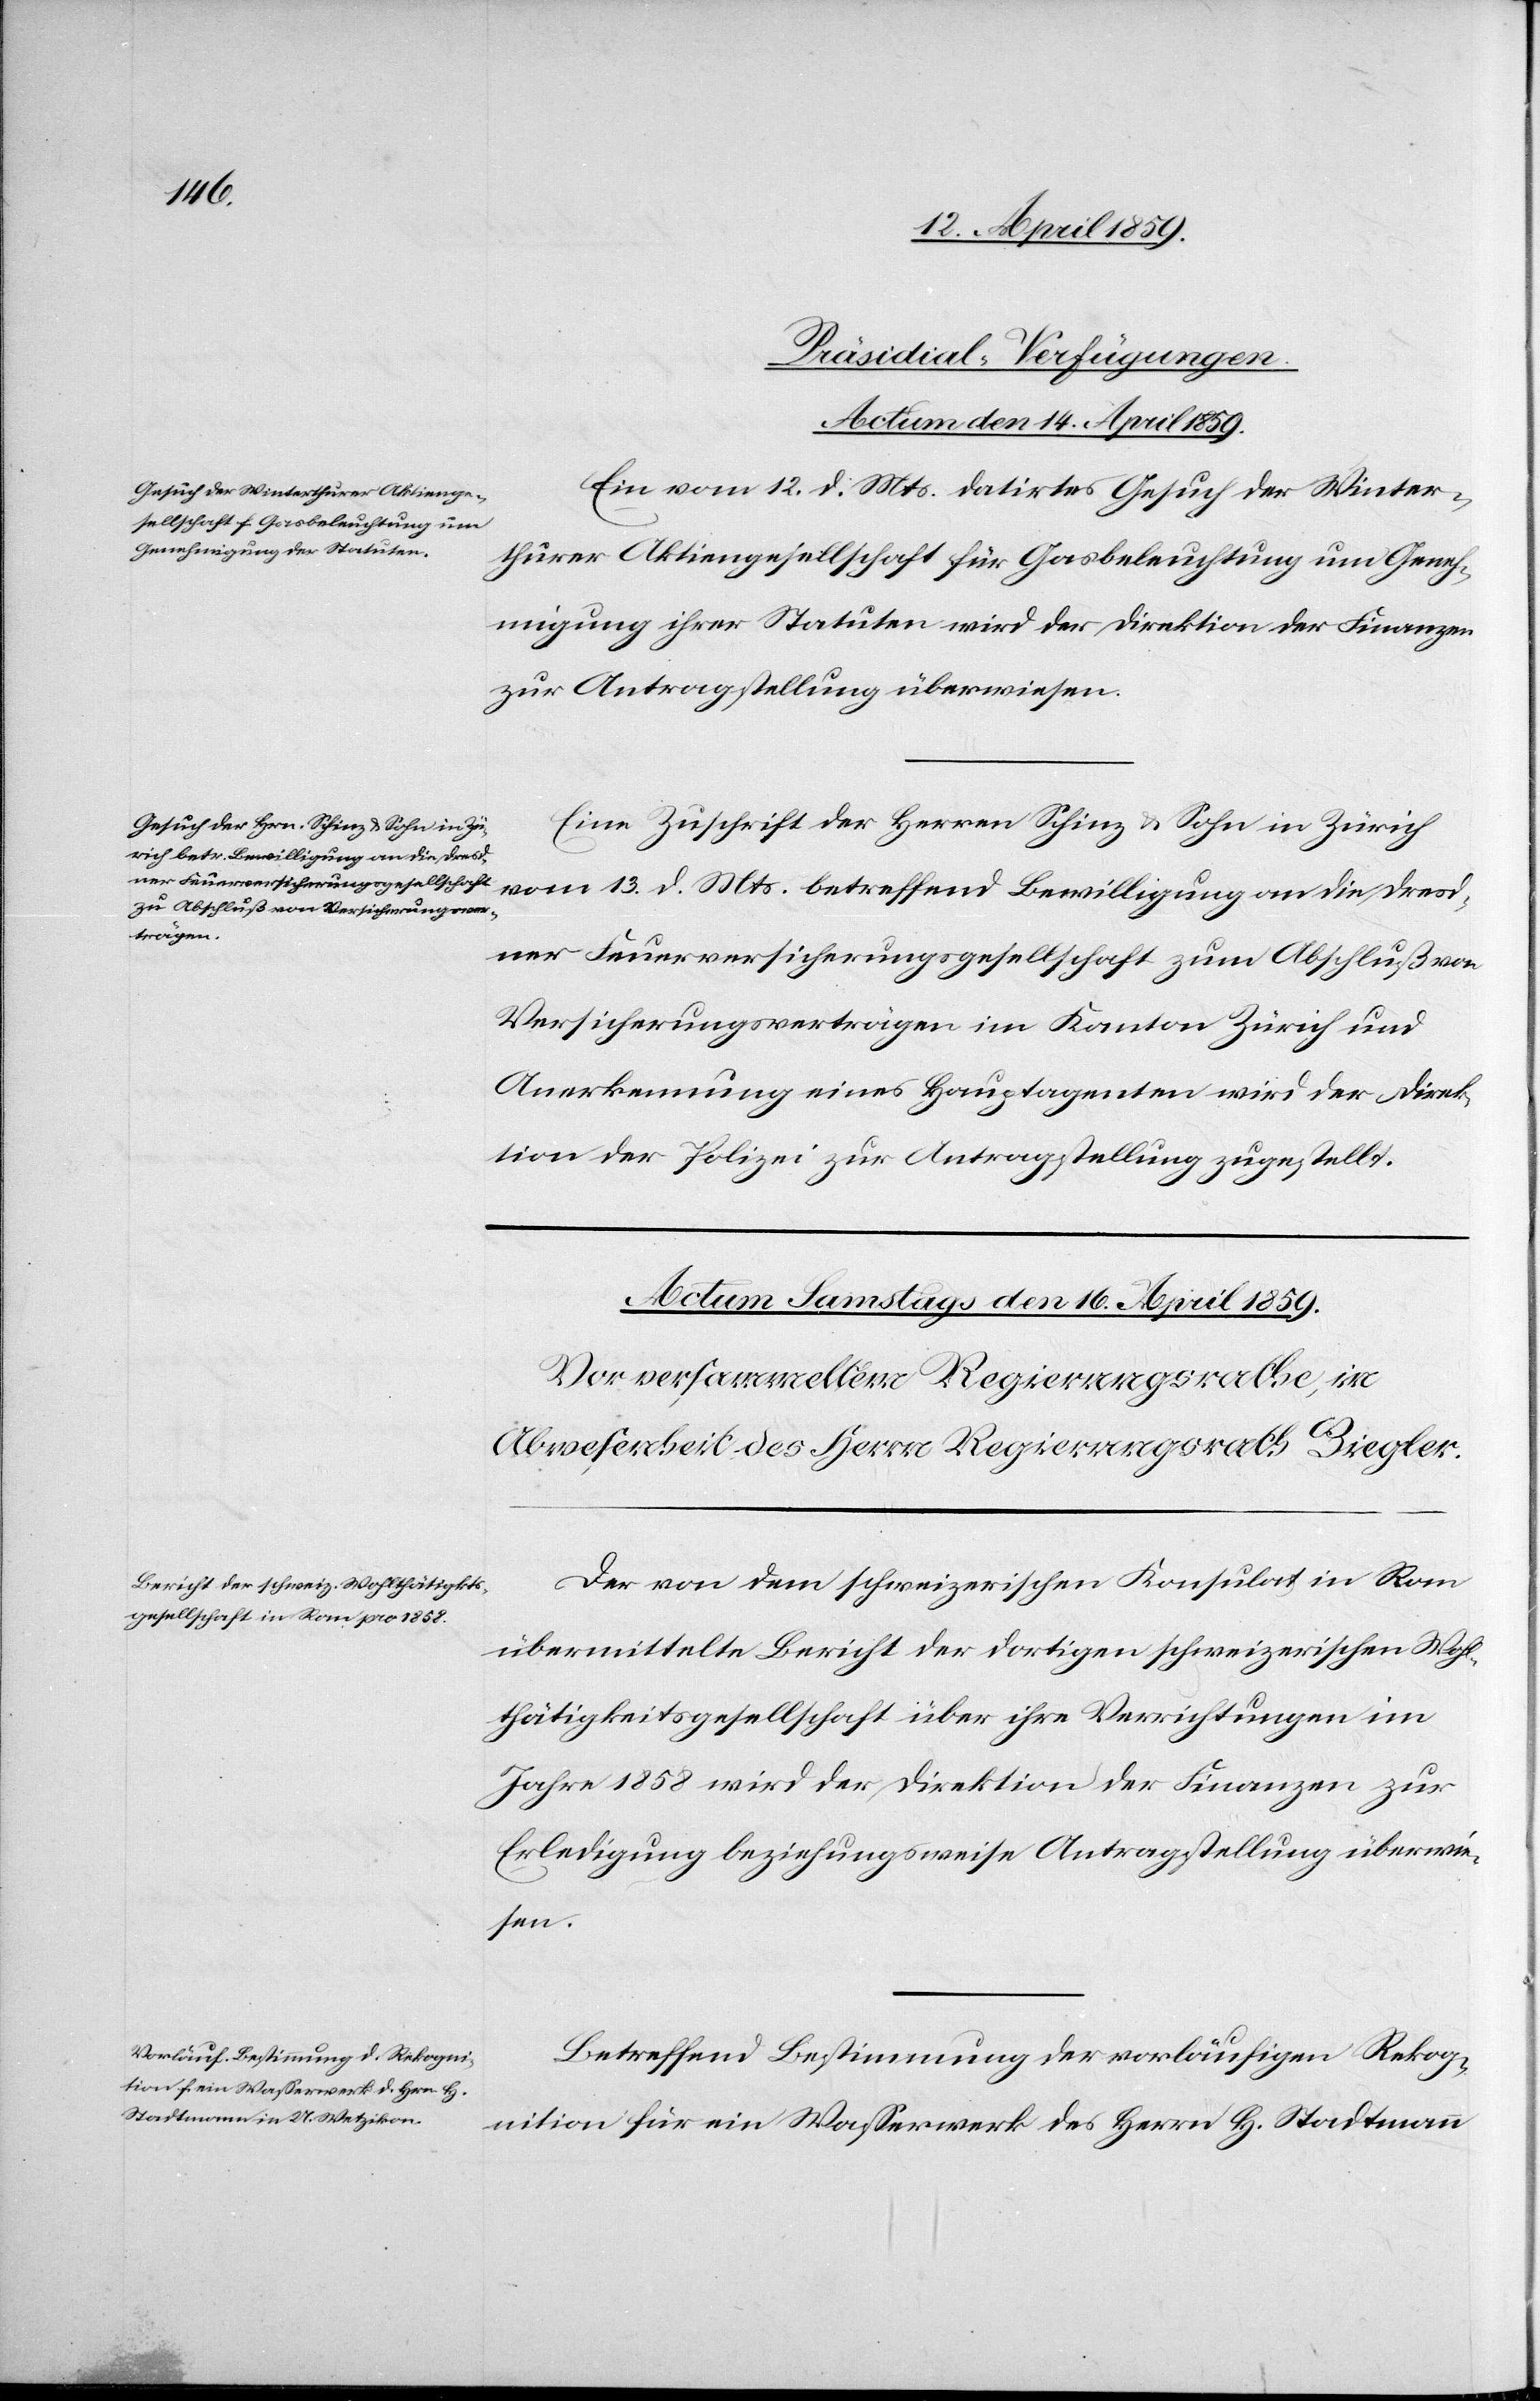
13.
[Präsidial-Verfügungen.
Actum den 14. April 1859.]
Ein vom 12. d. Mts. datirtes Gesuch der Winter¬
thurer Aktiengesellschaft für Gasbeleuchtung um Geneh¬
migung ihrer Statuten wird der Direktion der Finanzen
zur Antragstellung überwiesen.
Eine Zuschrift der Herren Schinz & Sohn in Zürich
dresd¬
ner Feuerversicherungsgesellschaft zum Abschluß von
Versicherungsverträgen im Kanton Zürich und
Anerkennung eines Hauptagenten wird der Direk¬
tion der Polizei zur Antragstellung zugestellt.
Der von dem schweizerischen Konsulat in Rom
übermittelte Bericht der dortigen schweizerischen Wohl¬
thätigkeitsgesellschaft über ihre Verrichtungen im
Jahre 1858 wird der Direktion der Finanzen zur
Erledigung beziehungsweise Antragstellung überwie¬
sen.
Betreffend Bestimmung der vorläufigen Rekog¬
nition für ein Waßerwerk des Herrn H. Stadtmann